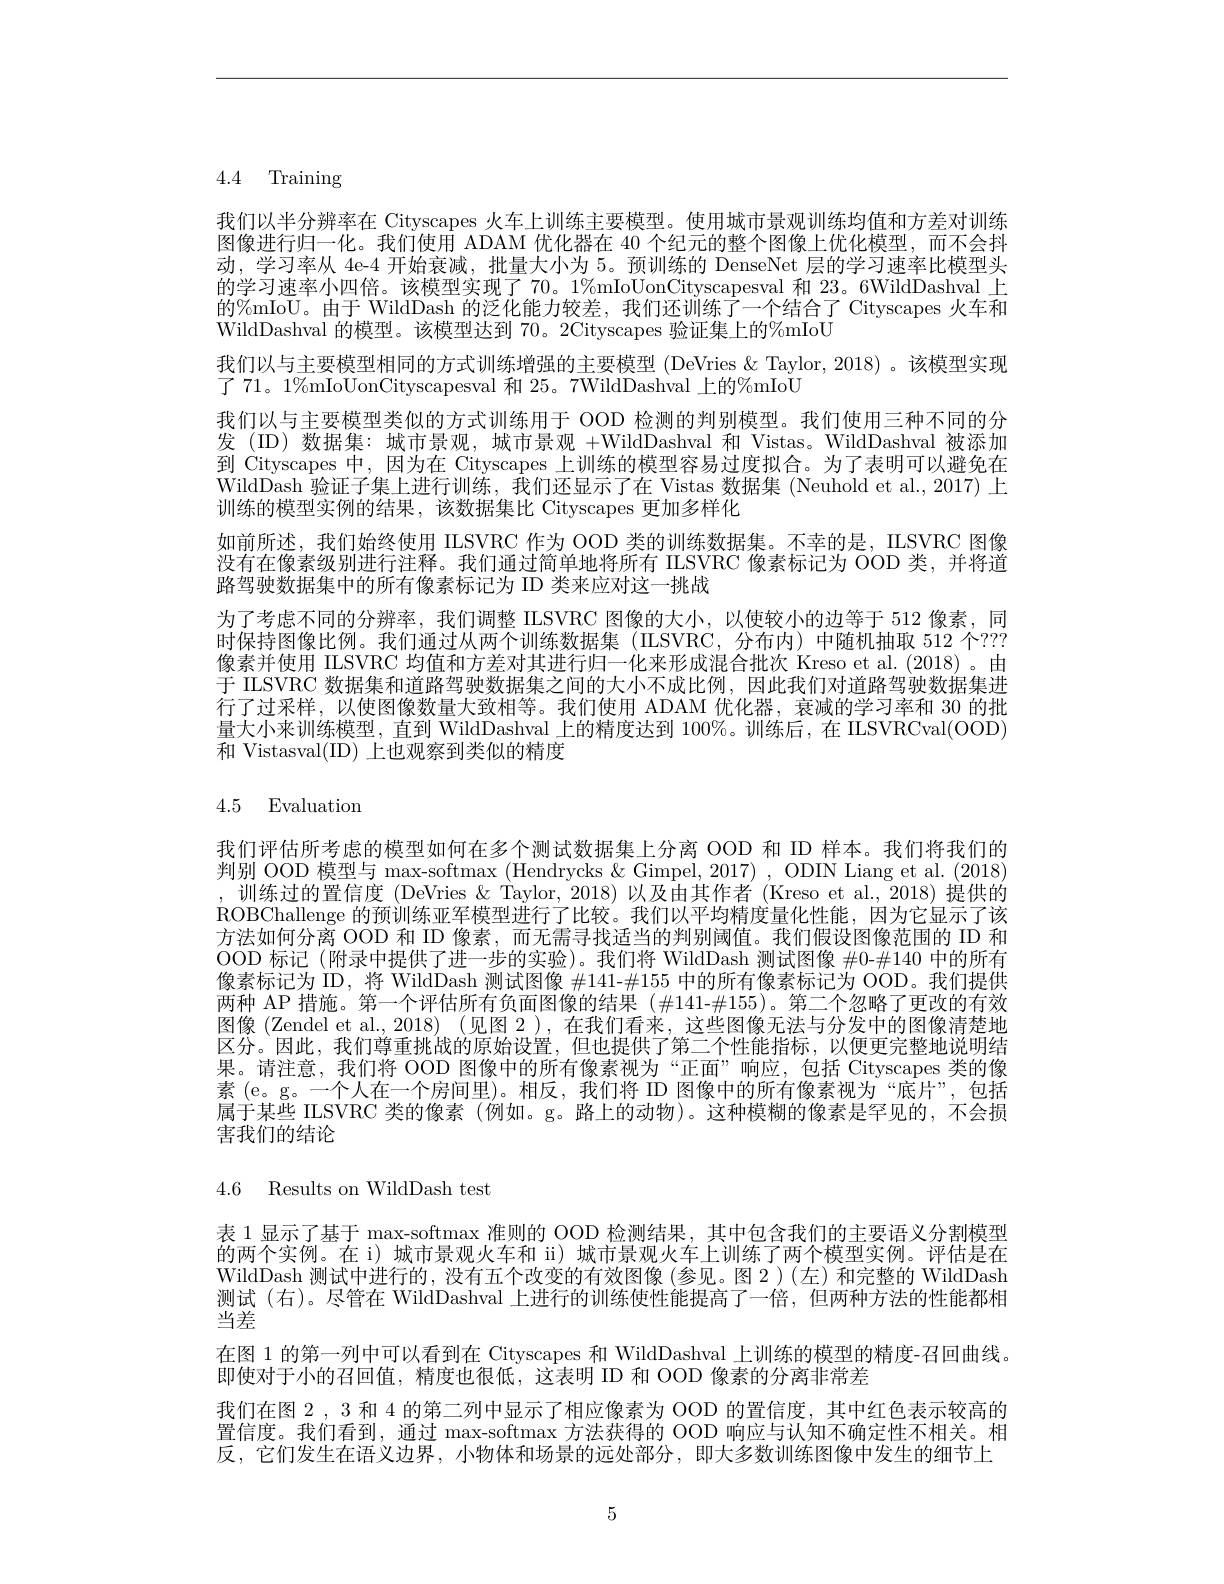
4.4 Training

我们以半分辨率在 Cityscapes 火车上训练主要模型。使用城市景观训练均值和方差对训练图像进行归一化。我们使用 ADAM 优化器在 40 个纪元的整个图像上优化模型，而不会抖动，学习率从 4e-4 开始衰减，批量大小为 5。预训练的 DenseNet 层的学习速率比模型头的学习速率小四倍。该模型实现了70。1%mIoUonCityscapesval 和 23。6WildDashval 上的%mIoU。由于 WildDash 的泛化能力较差，我们还训练了一个结合了 Cityscapes 火车和WildDashval 的模型。该模型达到 70。2Cityscapes 验证集上的%mIoU
我们以与主要模型相同的方式训练增强的主要模型 (DeVries & Taylor, 2018) 。该模型实现
了 71。1%mIoUonCityscapesval 和25。7WildDashval 上的%mIoU
我们以与主要模型类似的方式训练用于 OOD 检测的判别模型。我们使用三种不同的分发 (ID) 数据集：城市景观，城市景观+WildDashval 和 Vistas。WildDashval 被添加到 Cityscapes 中，因为在 Cityscapes 上训练的模型容易过度拟合。为了表明可以避免在WildDash 验证子集上进行训练，我们还显示了在 Vistas 数据集 (Neuhold et al., 2017) 上训练的模型实例的结果，该数据集比 Cityscapes 更加多样化
如前所述，我们始终使用 ILSVRC 作为 OOD 类的训练数据集。不幸的是，IISVRC 图像没有在像素级别进行注释。我们通过简单地将所有 IISVRC 像素标记为 OOD 类，并将道路驾驶数据集中的所有像素标记为 ID 类来应对这一挑战
为了考虑不同的分辨率，我们调整 ILSVRC 图像的大小，以使较小的边等于 512 像素，同时保持图像比例。我们通过从两个训练数据集(ILSVRC,分布内)中随机抽取 512 个？?? 像素并使用 IILSVRC 均值和方差对其进行归一化来形成混合批次 Kreso et al.(2018)。由于 IILSVRC 数据集和道路驾驶数据集之间的大小不成比例，因此我们对道路驾驶数据集进行了过采样，以使图像数量大致相等。我们使用 ADAM 优化器，衰减的学习率和 30 的批量大小来训练模型，直到 WildDashval 上的精度达到 100%。训练后，在 ILSVRCval(OOD) 和 Vistasval(ID) 上也观察到类似的精度

# 4.5 Evaluation

我们评估所考虑的模型如何在多个测试数据集上分离 OOD 和 ID 样本。我们将我们的判别 OOD 模型与 max-softmax (Hendrycks &Gimpel, 2017) , ODIN Liang et al. (2018) ,训练过的置信度 (DeVries & Taylor, 2018) 以及由其作者 (Kreso et al., 2018) 提供的ROBChallenge 的预训练亚军模型进行了比较。我们以平均精度量化性能，因为它显示了该方法如何分离 OOD 和 ID 像素，而无需寻找适当的判别阈值。我们假设图像范围的 ID 和OOD 标记(附录中提供了进一步的实验)。我们将 WildDash 测试图像$\#$0-#140 中的所有像素标记为 ID, 将 WildDash 测试图像$\#141-\#155$中的所有像素标记为 OOD。我们提供两种 AP 措施。第一个评估所有负面图像的结果(#141-#155)。第二个忽略了更改的有效图像 (Zendel et al.,2018) (见图 2),在我们看来，这些图像无法与分发中的图像清楚地区分。因此，我们尊重挑战的原始设置，但也提供了第二个性能指标，以便更完整地说明结果。请注意，我们将 OOD 图像中的所有像素视为“正面”响应，包括 Cityscapes 类的像素(e。g。一个人在一个房间里)。相反，我们将 ID 图像中的所有像素视为“底片”,包括員工中此 II CVDG半站修丰(列如一阶段中的的一场)立和世界的的伤者目不见的属于某些 ILSVRC 类的像素 (例如。g。路上的动物)。这种模糊的像素是罕见的，不会损害我们的结论

4.6 Results on WildDash test

表 1 显示了基于 max-softmax 准则的 OOD 检测结果，其中包含我们的主要语义分割模型的两个实例。在 i) 城市景观火车和 ii) 城市景观火车上训练了两个模型实例。评估是在WildDash 测试中进行的，没有五个改变的有效图像(参见。图2)(左)和完整的 WildDash 测试(右)。尽管在 WildDashval 上进行的训练使性能提高了一倍，但两种方法的性能都相当差
在图 1 的第一列中可以看到在 Cityscapes 和 WildDashval 上训练的模型的精度-召回曲线。
即使对于小的召回值，精度也很低，这表明 ID 和 OOD 像素的分离非常差
我们在图 2 , 3 和 4 的第二列中显示了相应像素为 OOD 的置信度，其中红色表示较高的置信度。我们看到，通过 max-softmax 方法获得的 OOD 响应与认知不确定性不相关。相反，它们发生在语义边界，小物体和场景的远处部分，即大多数训练图像中发生的细节上

5